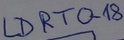
Text: LDRTO-18